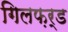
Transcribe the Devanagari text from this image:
गिलफ़र्ड